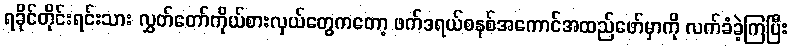
ရခိုင်တိုင်းရင်းသား လွှတ်တော်ကိုယ်စားလှယ်တွေကတော့ ဖက်ဒရယ်စနစ်အကောင်အထည်ဖော်မှာကို လက်ခံခဲ့ကြပြီး